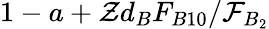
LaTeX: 1-a+\mathcal{Z}d_{B}F_{B10}/\mathcal{F}_{B_{2}}